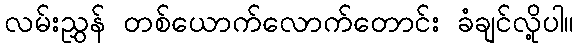
လမ်းညွှန် တစ်ယောက်လောက်တောင်း ခံချင်လို့ပါ။